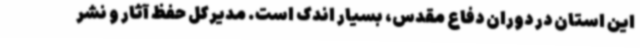
این استان در دوران دفاع مقدس، بسیار اندک است. مدیرکل حفظ آثار و نشر